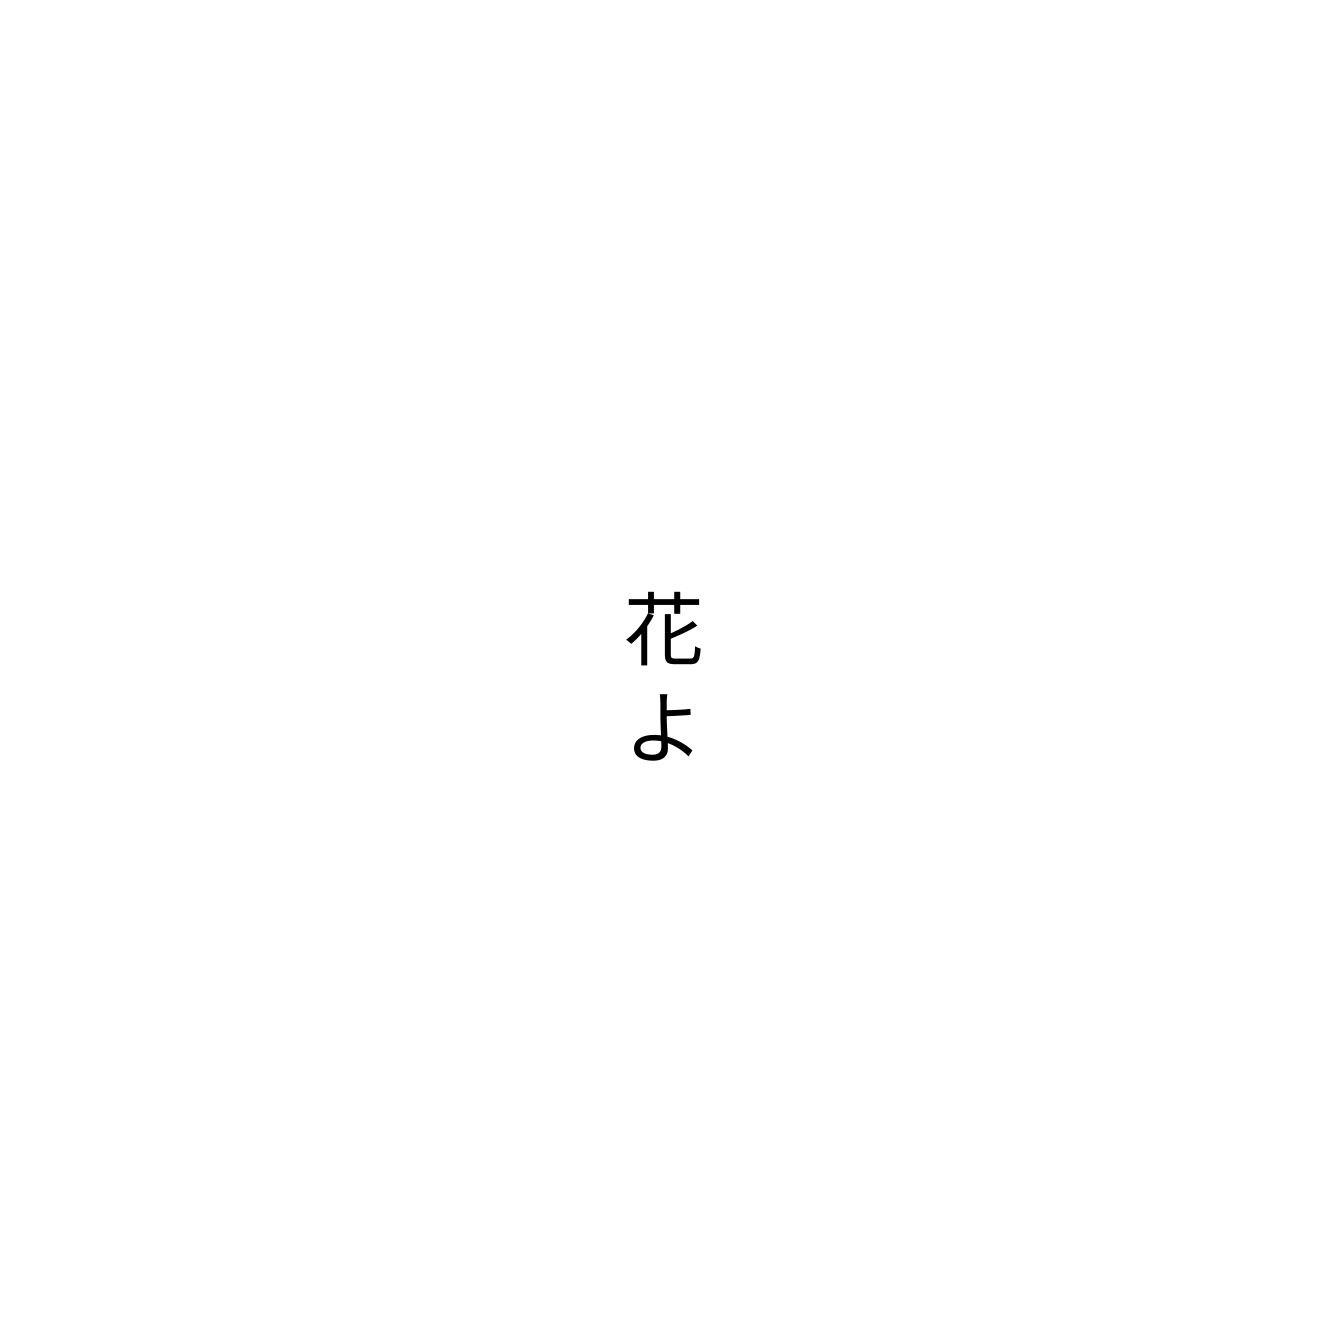
花よ